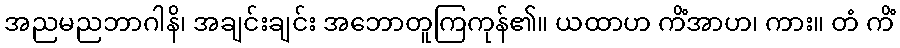
အညမညဘာဂါနိ၊ အချင်းချင်း အဘောတူကြကုန်၏။ ယထာဟ ကိံအာဟ၊ ကား။ တံ ကိံ